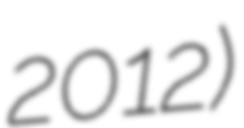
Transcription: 2012)